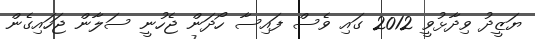
ޔަޒީދު ވިދާޅުވީ 2012 ގައި ވެސް ފައިސާ ހޯދަން ޖެހުނީ ސަލާން ޖަހައިގެން